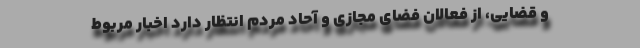
و قضایی، از فعالان فضای مجازی و آحاد مردم انتظار دارد اخبار مربوط